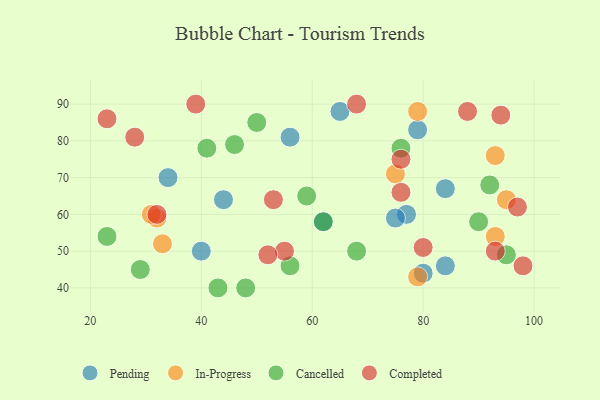
{"axis": {"x": "GDP", "y": "Life Expectancy"}, "legend": ["Cancelled", "Completed", "In-Progress", "Pending"], "data": [{"x": "80", "y": 44, "type": "Pending"}, {"x": "79", "y": 83, "type": "Pending"}, {"x": "56", "y": 81, "type": "Pending"}, {"x": "77", "y": 60, "type": "Pending"}, {"x": "62", "y": 58, "type": "Pending"}, {"x": "65", "y": 88, "type": "Pending"}, {"x": "40", "y": 50, "type": "Pending"}, {"x": "84", "y": 46, "type": "Pending"}, {"x": "75", "y": 59, "type": "Pending"}, {"x": "34", "y": 70, "type": "Pending"}, {"x": "44", "y": 64, "type": "Pending"}, {"x": "84", "y": 67, "type": "Pending"}, {"x": "93", "y": 76, "type": "In-Progress"}, {"x": "79", "y": 43, "type": "In-Progress"}, {"x": "93", "y": 54, "type": "In-Progress"}, {"x": "32", "y": 59, "type": "In-Progress"}, {"x": "33", "y": 52, "type": "In-Progress"}, {"x": "75", "y": 71, "type": "In-Progress"}, {"x": "31", "y": 60, "type": "In-Progress"}, {"x": "79", "y": 88, "type": "In-Progress"}, {"x": "95", "y": 64, "type": "In-Progress"}, {"x": "41", "y": 78, "type": "Cancelled"}, {"x": "46", "y": 79, "type": "Cancelled"}, {"x": "23", "y": 54, "type": "Cancelled"}, {"x": "68", "y": 50, "type": "Cancelled"}, {"x": "62", "y": 58, "type": "Cancelled"}, {"x": "76", "y": 78, "type": "Cancelled"}, {"x": "48", "y": 40, "type": "Cancelled"}, {"x": "59", "y": 65, "type": "Cancelled"}, {"x": "56", "y": 46, "type": "Cancelled"}, {"x": "43", "y": 40, "type": "Cancelled"}, {"x": "92", "y": 68, "type": "Cancelled"}, {"x": "90", "y": 58, "type": "Cancelled"}, {"x": "95", "y": 49, "type": "Cancelled"}, {"x": "29", "y": 45, "type": "Cancelled"}, {"x": "50", "y": 85, "type": "Cancelled"}, {"x": "23", "y": 86, "type": "Completed"}, {"x": "39", "y": 90, "type": "Completed"}, {"x": "53", "y": 64, "type": "Completed"}, {"x": "88", "y": 88, "type": "Completed"}, {"x": "80", "y": 51, "type": "Completed"}, {"x": "55", "y": 50, "type": "Completed"}, {"x": "94", "y": 87, "type": "Completed"}, {"x": "68", "y": 90, "type": "Completed"}, {"x": "76", "y": 66, "type": "Completed"}, {"x": "28", "y": 81, "type": "Completed"}, {"x": "76", "y": 75, "type": "Completed"}, {"x": "98", "y": 46, "type": "Completed"}, {"x": "32", "y": 60, "type": "Completed"}, {"x": "97", "y": 62, "type": "Completed"}, {"x": "52", "y": 49, "type": "Completed"}, {"x": "93", "y": 50, "type": "Completed"}]}